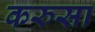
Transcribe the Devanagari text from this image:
करुसा